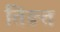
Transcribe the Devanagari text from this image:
तिङत